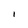
Character: I